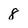
Character: 8